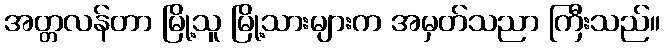
အတ္တလန်တာ မြို့သူ မြို့သားများက အမှတ်သညာ ကြီးသည်။